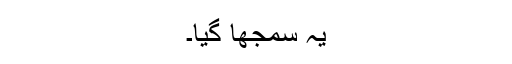
یہ سمجھا گیا۔